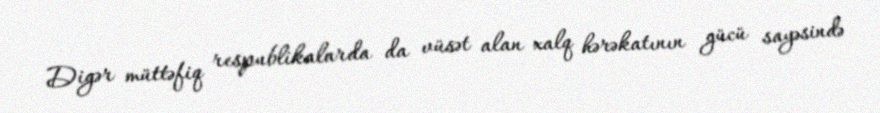
Digər müttəfiq respublikalarda da vüsət alan xalq hərəkatının gücü sayəsində